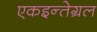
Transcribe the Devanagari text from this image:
एकइन्तेग्रल